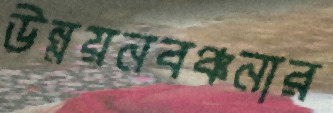
উন্নয়নবঞ্চনার